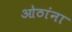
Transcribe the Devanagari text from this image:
ओठांना